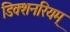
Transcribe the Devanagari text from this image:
डिक्शनरियम्